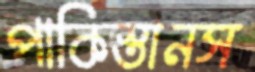
পাকিস্তানস